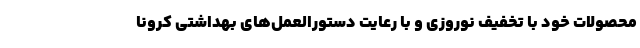
محصولات خود با تخفیف نوروزی و با رعایت دستورالعمل‌های بهداشتی کرونا